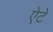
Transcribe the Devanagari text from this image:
ऐटे